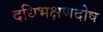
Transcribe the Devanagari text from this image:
दधिभक्षणदोष